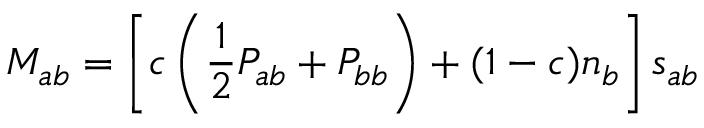
M _ { a b } = \left[ c \left( \frac { 1 } { 2 } P _ { a b } + P _ { b b } \right) + ( 1 - c ) n _ { b } \right] s _ { a b } \,